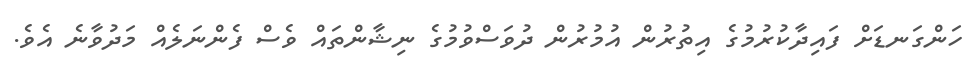
ހަންގަނޑަށް ފައިދާކުރުމުގެ އިތުރުން އުމުރުން ދުވަސްވުމުގެ ނިޝާންތައް ވެސް ފެންނަލެއް މަދުވާނެ އެވެ.